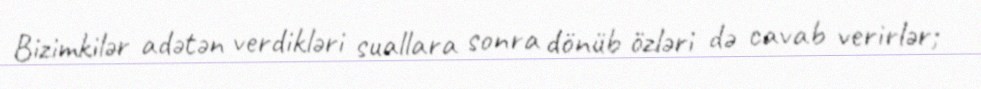
Bizimkilər adətən verdikləri suallara sonra dönüb özləri də cavab verirlər;